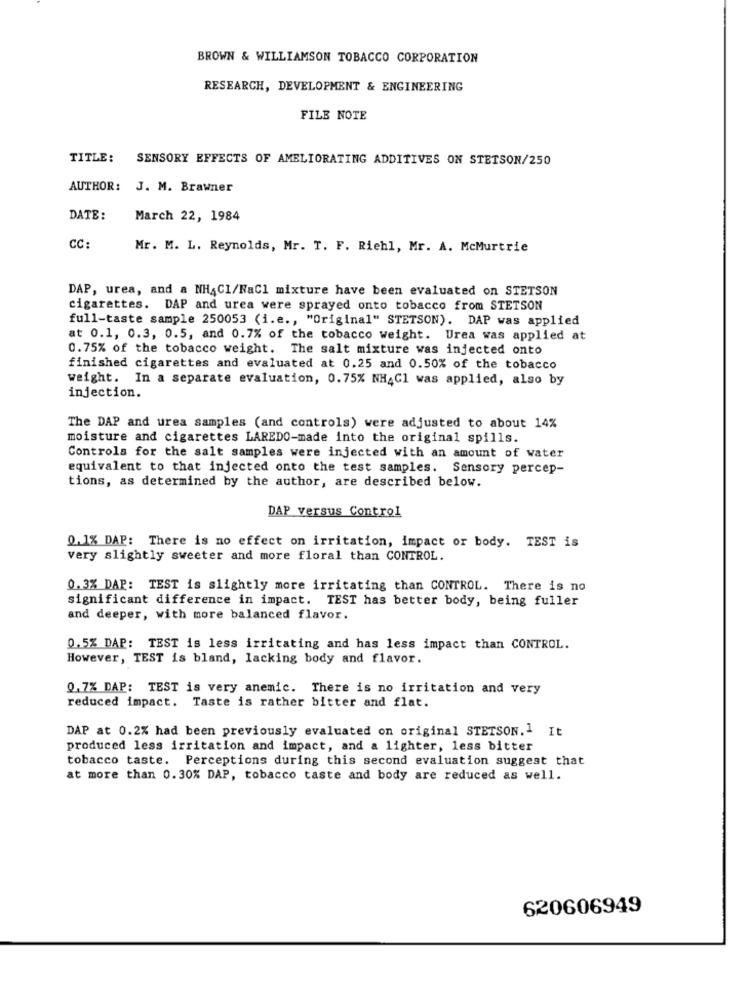
BROWN & WILLIAMSON TOBACCO CORPORATION
RESEARCH, DEVELOPMENT & ENGINEERING
FILE NOTE
TITLE:
SENSORY EFFECTS OF AMELIORATING ADDITIVES ON STETSON/250
AUTHOR: J. M. Brawner
DATE:
March 22, 1984
CC:
Mr. M. L. Reynolds, Mr. T. F. Riehl, Mr. A. McMurtrie
DAP, urea, and a NH4Cl/NaCl mixture have been evaluated on STETSON
cigarettes. DAP and urea were sprayed onto tobacco from STETSON
full-taste sample 250053 (i.e ., "Original" STETSON). DAP was applied
at 0.1, 0.3, 0.5, and 0.7% of the tobacco weight. Urea was applied at
0.75% of the tobacco weight. The salt mixture was injected onto
finished cigarettes and evaluated at 0.25 and 0.50% of the tobacco
weight. In a separate evaluation, 0.75% NH4Cl was applied, also by
injection.
The DAP and urea samples (and controls) were adjusted to about 14%
moisture and cigarettes LAREDO-made into the original spills.
Controls for the salt samples were injected with an amount of water
equivalent to that injected onto the test samples. Sensory percep-
tions, as determined by the author, are described below.
DAP versus Control
0.1% DAP: There is no effect on irritation, impact or body. TEST is
very slightly sweeter and more floral than CONTROL.
0.3% DAP: TEST is slightly more irritating than CONTROL. There is no
significant difference in impact. TEST has better body, being fuller
and deeper, with more balanced flavor.
0.5% DAP: TEST is less irritating and has less impact than CONTROL.
However, TEST is bland, lacking body and flavor.
0.7% DAP: TEST is very anemic. There is no irritation and very
reduced impact. Taste is rather bitter and flat.
DAP at 0.2% had been previously evaluated on original STETSON.1 It
produced less irritation and impact, and a lighter, less bitter
tobacco taste. Perceptions during this second evaluation suggest that
at more than 0.30% DAP, tobacco taste and body are reduced as well.
620606949